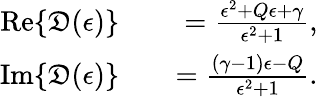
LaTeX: \begin{array}{rlr}{\mathrm{Re}\{ \mathfrak{D}(\epsilon)\} }&{{}}&{=\frac{\epsilon^{2}+Q\epsilon+\gamma}{\epsilon^{2}+1},}\\ {\mathrm{Im}\{ \mathfrak{D}(\epsilon)\} }&{{}}&{=\frac{(\gamma-1)\epsilon-Q}{\epsilon^{2}+1}.}\end{array}